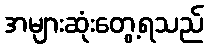
အများဆုံးတွေ့ရသည်